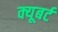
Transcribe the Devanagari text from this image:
क्यूबर्ट